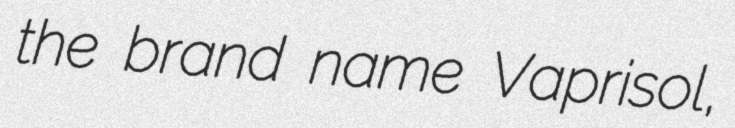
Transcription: the brand name Vaprisol,